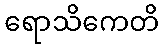
ရောသိကေတိ